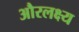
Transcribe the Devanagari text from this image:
औरलक्ष्य